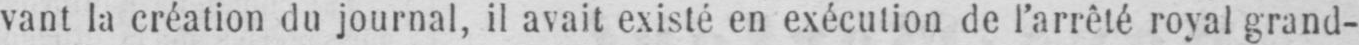
vant la création du journal, il avait existé en exécution de l’arrêté royal grand-